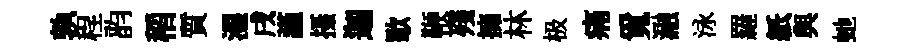
孰程韵稻質湿戌謹摄迦歜鞭殘擁林极痛覓瀜泳羅紙與虵